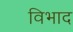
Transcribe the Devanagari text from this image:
विभाद